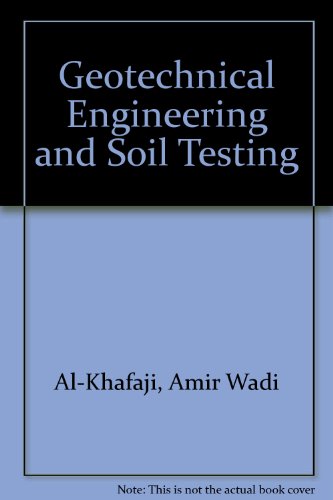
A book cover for Geotechnical Engineering & Soil Testing; Amir Wadi Al-Khafaji; Science & Math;